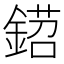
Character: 鍣